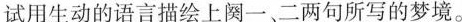
试用生动的语言描绘上阕一、二两句所写的梦境。